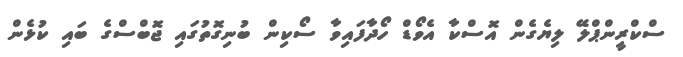
ސްކްރީންޕްލޭ ލިޔެގެން އޮސްކާ އެވޯޑް ހޯދާފައިވާ ސޯކިން ބުނިގޮތުގައި ޖޮބްސްގެ ބައި ކުޅެން